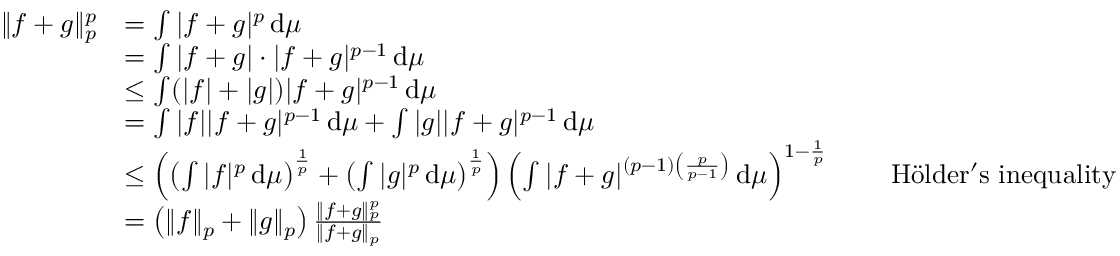
{ \begin{array} { r l r l } { \| f + g \| _ { p } ^ { p } } & { = \int | f + g | ^ { p } \, \mathrm { d } \mu } \\ & { = \int | f + g | \cdot | f + g | ^ { p - 1 } \, \mathrm { d } \mu } \\ & { \leq \int ( | f | + | g | ) | f + g | ^ { p - 1 } \, \mathrm { d } \mu } \\ & { = \int | f | | f + g | ^ { p - 1 } \, \mathrm { d } \mu + \int | g | | f + g | ^ { p - 1 } \, \mathrm { d } \mu } \\ & { \leq \left( \left( \int | f | ^ { p } \, \mathrm { d } \mu \right) ^ { \frac { 1 } { p } } + \left( \int | g | ^ { p } \, \mathrm { d } \mu \right) ^ { \frac { 1 } { p } } \right) \left( \int | f + g | ^ { ( p - 1 ) \left( { \frac { p } { p - 1 } } \right) } \, \mathrm { d } \mu \right) ^ { 1 - { \frac { 1 } { p } } } } & & { { \mathrm { ~ H ö l d e r ' s ~ i n e q u a l i t y } } } \\ & { = \left( \| f \| _ { p } + \| g \| _ { p } \right) { \frac { \| f + g \| _ { p } ^ { p } } { \| f + g \| _ { p } } } } \end{array} }